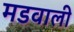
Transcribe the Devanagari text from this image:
मडवाली